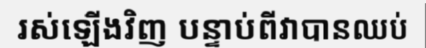
រស់ឡើងវិញ បន្ទាប់ពីវាបានឈប់